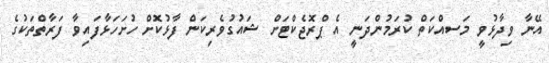
އޭނާ ވިދާޅުވީ މަސއްކަތް ކުރަމުންދަނީ އެ ޕްރޮޖެކްޓަށް ޝައުގުވެރިކަން ފާޅުކޮށް ހުށަހަޅާފައިވާ ފަރާތްތަކުގެ